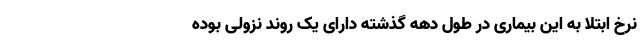
نرخ ابتلا به این بیماری در طول دهه گذشته دارای یک روند نزولی بوده